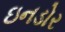
ઇનડોર